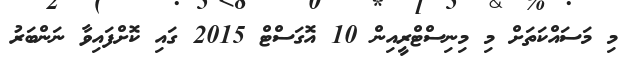
މި މަސައްކަތަށް މި މިނިސްޓްރީއިން 10 އޮގަސްޓް 2015 ގައި ކޮށްފައިވާ ނަންބަރު